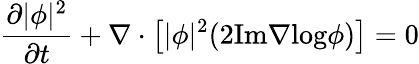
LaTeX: \frac{\partial|\phi|^{2}}{\partial t}+\nabla\cdot\left[|\phi|^{2}(2\mathrm{Im}\nabla\mathrm{log}\phi)\right]=0